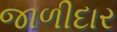
જાળીદાર